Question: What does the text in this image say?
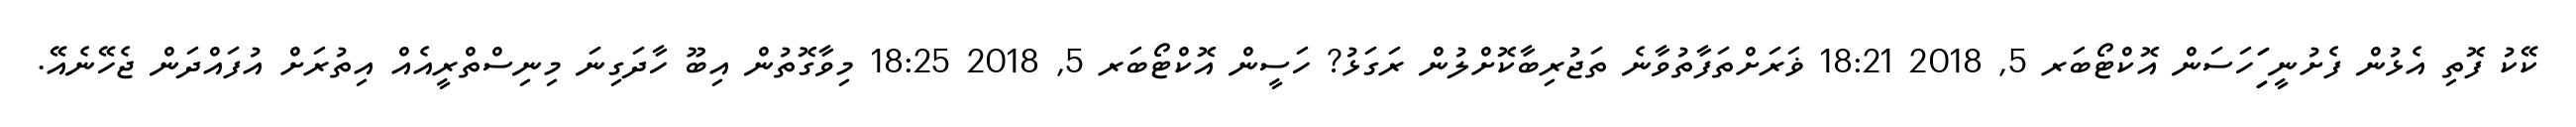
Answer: ކޭކު ފޮތި އެޅުން ފެށުނީ ިިަިަހަސަން އޮކްޓޯބަރ 5, 2018 18:21 ޥަރަށްތަފާތުވާނެ ތަޖުރިބާކޮށްލުން ރަގަޅު? ހަސީން އޮކްޓޯބަރ 5, 2018 18:25 މިވާގޮތުން އިބޫ ހާދަގިނަ މިނިސްތްރީއެއް އިތުރަށް އުފައްދަން ޖެހޭނެއޭ.